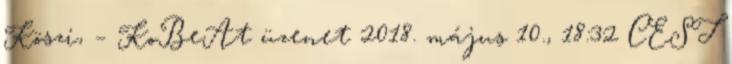
Köszi, – KoBeAt üzenet 2018. május 10., 18:32 CEST